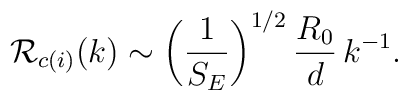
{\cal R}_{c(i)}(k) \sim \left({1\over S_E}\right)^{1/2}{R_0\over d}\, k^{-1}.